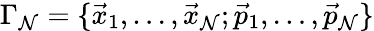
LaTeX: \Gamma_{\mathcal{N}}=\{ \vec{{x}}_{1},\dots,\vec{{x}}_{\mathcal{N}};\vec{{p}}_{1},\dots,\vec{{p}}_{\mathcal{N}}\}